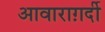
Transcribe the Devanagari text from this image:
आवाराग़र्दी